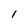
Character: l